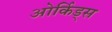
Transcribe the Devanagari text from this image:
ओर्किड्स